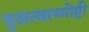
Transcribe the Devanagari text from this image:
नुसत्याच्गोष्टी